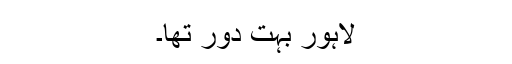
لاہور بہت دور تھا۔